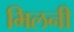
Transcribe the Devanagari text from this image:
भिलनी